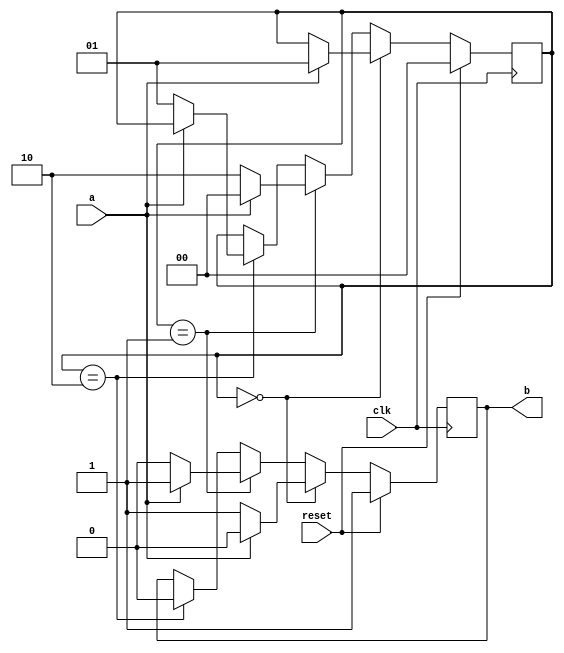
`timescale 1ns / 1ps
//////////////////////////////////////////////////////////////////////////////////
// Company: 
// Engineer: 
// 
// Design Name: 
// Module Name: multiplier_of_three
// Project Name: 
// Target Devices: 
// Tool Versions: 
// Description: 
// 
// Dependencies: 
// 
// Revision:
// Revision 0.01 - File Created
// Additional Comments:
// 
//////////////////////////////////////////////////////////////////////////////////


module multiplier_of_three( input a,input clk, input reset,output reg b);

	reg [1:0]s;
	initial begin
		s = 2'b00;
	end
	always @(posedge clk) begin
		if(reset==1) begin
			s = 2'b00;
			b = 1;
		end
		else 
		begin
			if(s==2'b00) 
			begin
				if(a==0)
					b = 1;
				else begin
					b = 0;
					s = 2'b01;
				end
			end
			else if(s==2'b01) 
			begin
				if(a==0) begin
					s = 2'b10;
					b = 0;
				end
				else begin
					b = 1;
					s = 2'b00;
				end
			end
			
			else if(s==2'b10) 
			begin
				b = 0;
				if(a==0)
					s = 2'b01;
			end
		end
	end

endmodule